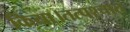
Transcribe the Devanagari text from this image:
किया।तत्पश्चात